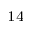
_ { 1 4 }